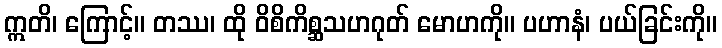
ဣတိ၊ ကြောင့်။ တဿ၊ ထို ဝိစိကိစ္ဆသဟဂုတ် မောဟကို။ ပဟာနံ၊ ပယ်ခြင်းကို။